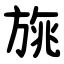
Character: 旐